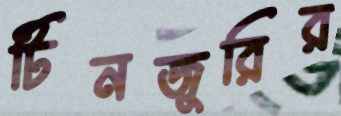
টিনজুরির